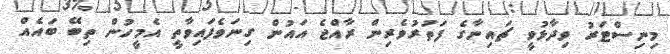
މިނިސްޓަރު ވިދާޅުވީ ޗައިނާގެ ފަތުރުވެރިން ރާއްޖެ އައުން ގިނަވެފައިވާތީ އެމީހުން ތިބޭ ބައެއް